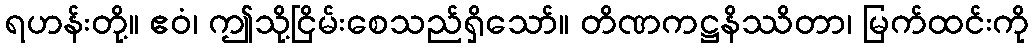
ရဟန်းတို့။ ဧဝံ၊ ဤသို့ငြိမ်းစေသည်ရှိသော်။ တိဏကဋ္ဌနိဿိတာ၊ မြက်ထင်းကို